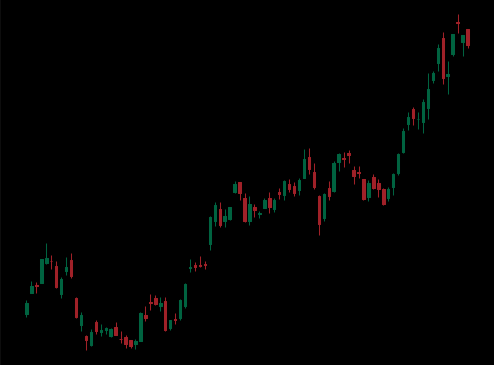
Pattern: unclassified